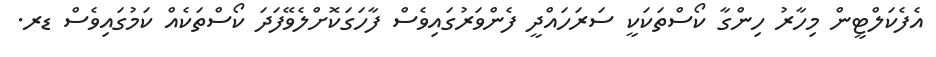
އެފެކަލްޓީން މިހާރު ހިންގާ ކޯސްތަކަކީ ސަރަހައްދީ ފެންވަރުގައިވެސް ފާހަގަކޮށްލެވޭފަދަ ކޯސްތަކެއް ކަމުގައިވެސް ޑރ.